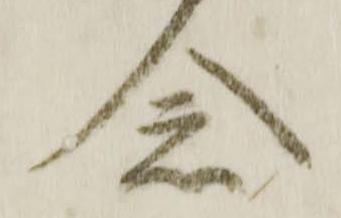
念